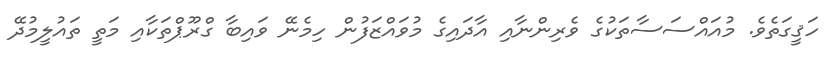
ހަޤީގަތެވެ. މުއައްސަސާތަކުގެ ވެރިންނާއި އާދައިގެ މުވައްޒަފުން ހިމެނޭ ވައިބާ ގްރޫޕްތަކާއި މަތީ ތައުލީމުދޭ